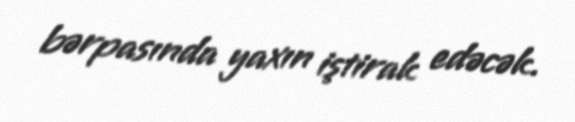
bərpasında yaxın iştirak edəcək.